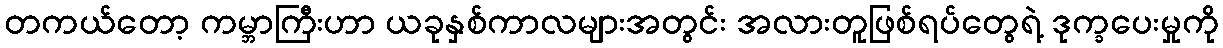
တကယ်တော့ ကမ္ဘာကြီးဟာ ယခုနှစ်ကာလများအတွင်း အလားတူဖြစ်ရပ်တွေရဲ့ ဒုက္ခပေးမှုကို